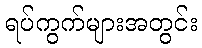
ရပ်ကွက်များအတွင်း